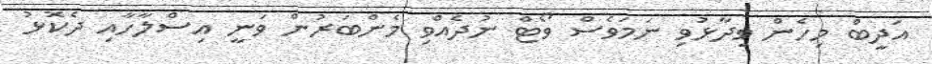
އަދީބް މިހެން ވިދާޅުވި ނަމަވެސް ވޯޓް ނުދެއްވި މެންބަރުން ވަނީ އިސްލާހާއި ދެކޮޅު